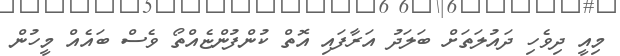
މިއީ ދިވެހި ދައުލަތަށް ބަލަދު އަރާފައި އޮތް ކުންފުންޏެއްތޯ ވެސް ބައެއް މީހުން